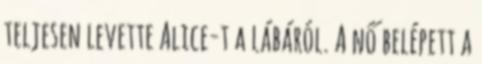
teljesen levette Alice-t a lábáról. A nő belépett a